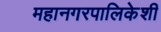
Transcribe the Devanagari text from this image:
महानगरपालिकेशी